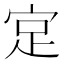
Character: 𪧎